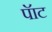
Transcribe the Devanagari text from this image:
पॅाट